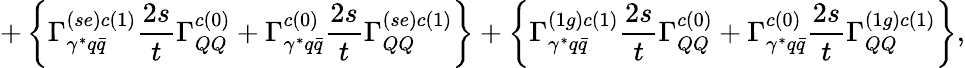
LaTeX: +\left\{ \Gamma_{\gamma^{*}q\bar{q}}^{(se)c(1)}\frac{2s}{t}\Gamma_{QQ}^{c(0)}+\Gamma_{\gamma^{*}q\bar{q}}^{c(0)}\frac{2s}{t}\Gamma_{QQ}^{(se)c(1)}\right\} +\left\{ \Gamma_{\gamma^{*}q\bar{q}}^{(1g)c(1)}\frac{2s}{t}\Gamma_{QQ}^{c(0)}+\Gamma_{\gamma^{*}q\bar{q}}^{c(0)}\frac{2s}{t}\Gamma_{QQ}^{(1g)c(1)}\right\} ,